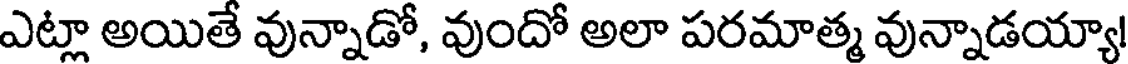
ఎట్లా అయితే వున్నాడో, వుందో అలా పరమాత్మ వున్నాడయ్యా